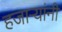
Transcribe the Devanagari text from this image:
हजार्‍यांनी